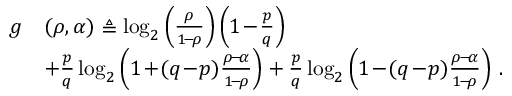
\begin{array} { r l } { g } & { ( \rho , \alpha ) \triangleq \log _ { 2 } \left( \frac { \rho } { 1 \! - \! \rho } \right) \left( 1 \! - \! \frac { p } { q } \right) } \\ & { + \frac { p } { q } \log _ { 2 } \left( 1 \! + \! ( q \! - \! p ) \frac { \rho \! - \! \alpha } { 1 \! - \! \rho } \right) + \frac { p } { q } \log _ { 2 } \left( 1 \! - \! ( q \! - \! p ) \frac { \rho \! - \! \alpha } { 1 \! - \! \rho } \right) \, . } \end{array}